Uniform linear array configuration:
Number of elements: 4
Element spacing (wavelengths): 0.5
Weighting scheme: exponential
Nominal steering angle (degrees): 60
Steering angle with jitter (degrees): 59.695
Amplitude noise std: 0.05
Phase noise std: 0.05

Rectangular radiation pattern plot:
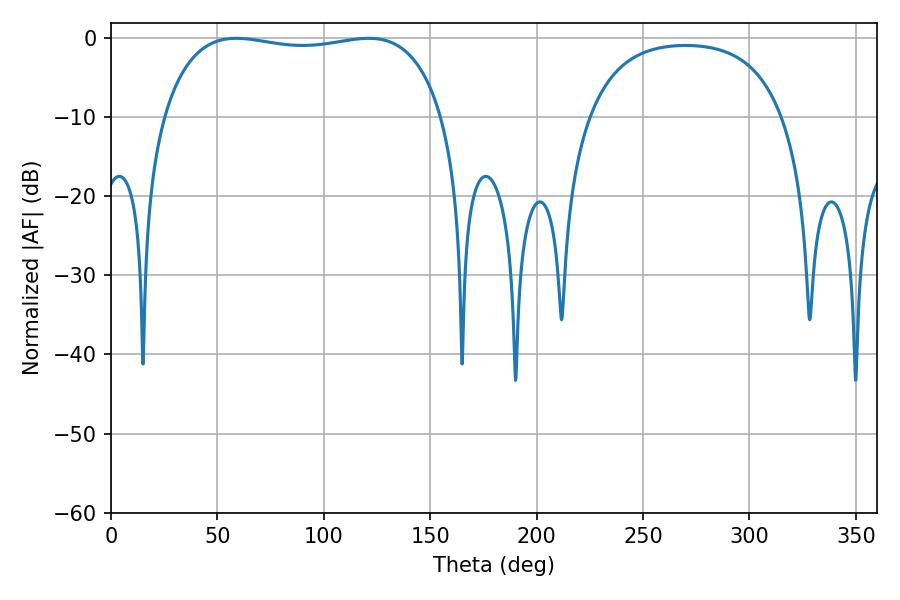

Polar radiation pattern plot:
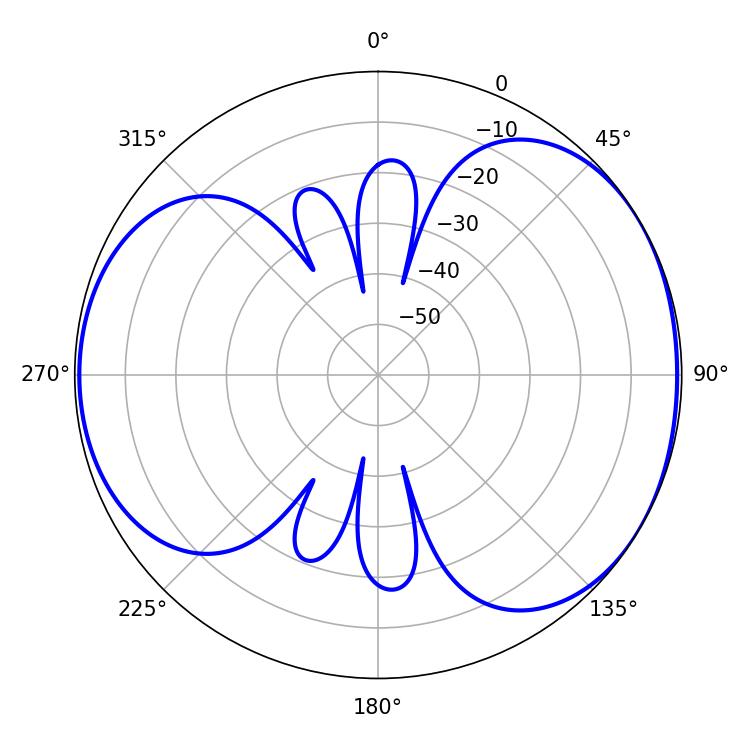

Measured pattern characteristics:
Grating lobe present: FALSE
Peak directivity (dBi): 4.852
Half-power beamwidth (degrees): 106.2
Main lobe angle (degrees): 58.86